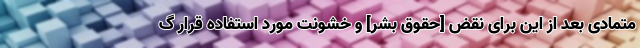
متمادی بعد از این برای نقض [حقوق بشر] و خشونت مورد استفاده قرار گ